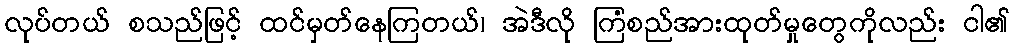
လုပ်တယ် စသည်ဖြင့် ထင်မှတ်နေကြတယ်၊ အဲဒီလို ကြံစည်အားထုတ်မှုတွေကိုလည်း ငါ၏